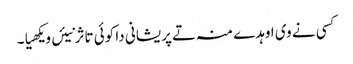
کسی نے وی اوہدے منہ تے پریشانی دا کوئی تاثر نیئں ویکھیا۔